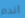
اندم